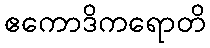
ဧကောဒိကရောတိ